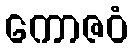
ကောဇဝံ